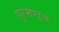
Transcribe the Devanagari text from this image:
पुरमण्डल